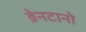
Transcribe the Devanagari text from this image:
ब्रेनटानो